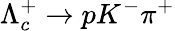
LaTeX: \Lambda_{c}^{+}\to pK^{-}\pi^{+}